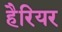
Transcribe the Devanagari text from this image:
हैरियर